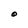
Character: O